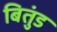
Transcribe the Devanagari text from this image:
बितुंड